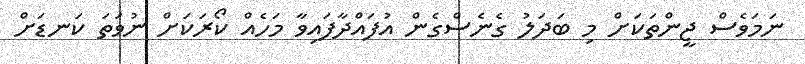
ނަމަވެސް ޖީންތަކަށް މި ބަދަލު ގެނެސްގެން އުފައްދާފައިވާ މަހެއް ކޯރަކަށް ނުވަތަ ކަނޑަށް